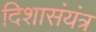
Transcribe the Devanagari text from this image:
दिशासंयंत्र